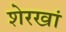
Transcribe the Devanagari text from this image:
शेरखां